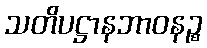
သတိပဋ္ဌာနဘာဝနဉ္စ